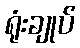
ရုံးချုပ်